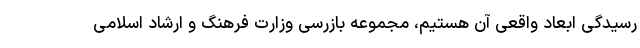
رسیدگی ابعاد واقعی آن هستیم، مجموعه بازرسی وزارت فرهنگ و ارشاد اسلامی